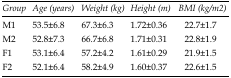
<table><thead><tr><td><b><i>Group</i></b></td><td><b><i>Age (years)</i></b></td><td><b><i>Weight (kg)</i></b></td><td><b><i>Height (m)</i></b></td><td><b><i>BMI (kg/m</i><sup>2</sup><i>)</i></b></td></tr></thead><tbody><tr><td>M1</td><td>53.5±6.8</td><td>67.3±6.3</td><td>1.72±0.36</td><td>22.7±1.7</td></tr><tr><td>M2</td><td>52.8±7.3</td><td>66.7±6.8</td><td>1.71±0.31</td><td>22.8±1.9</td></tr><tr><td>F1</td><td>53.1±6.4</td><td>57.2±4.2</td><td>1.61±0.29</td><td>21.9±1.5</td></tr><tr><td>F2</td><td>52.1±6.4</td><td>58.2±4.9</td><td>1.60±0.37</td><td>22.6±1.5</td></tr></tbody></table>